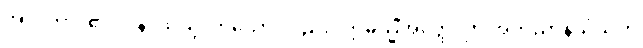
အာဂတာ၊ ၏။ ပန၊ ထိုသို့လာသော် လည်း။ ဣမသ္မိံအတ္ထေ၊ ဤအဘိညာနိသံသဟု